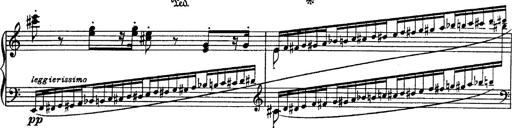
Title: Fantasie Ã¼ber Themen aus Mozarts Figaro und Don Giovanni
Composer: Franz Liszt